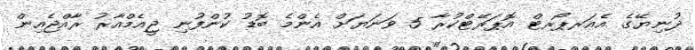
ދުނިޔޭގެ އެއަރޕޯރޓް އޮޕަރޭޓްކުރާ 5 ވަނަޔަށް އެންމެ ބޮޑު ކުންފުނި ޖީއެމްއާރު ރާއްޖެއިން